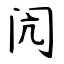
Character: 闶